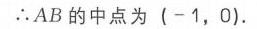
\(\therefore AB\)的中点为 \(( - 1,0)\).